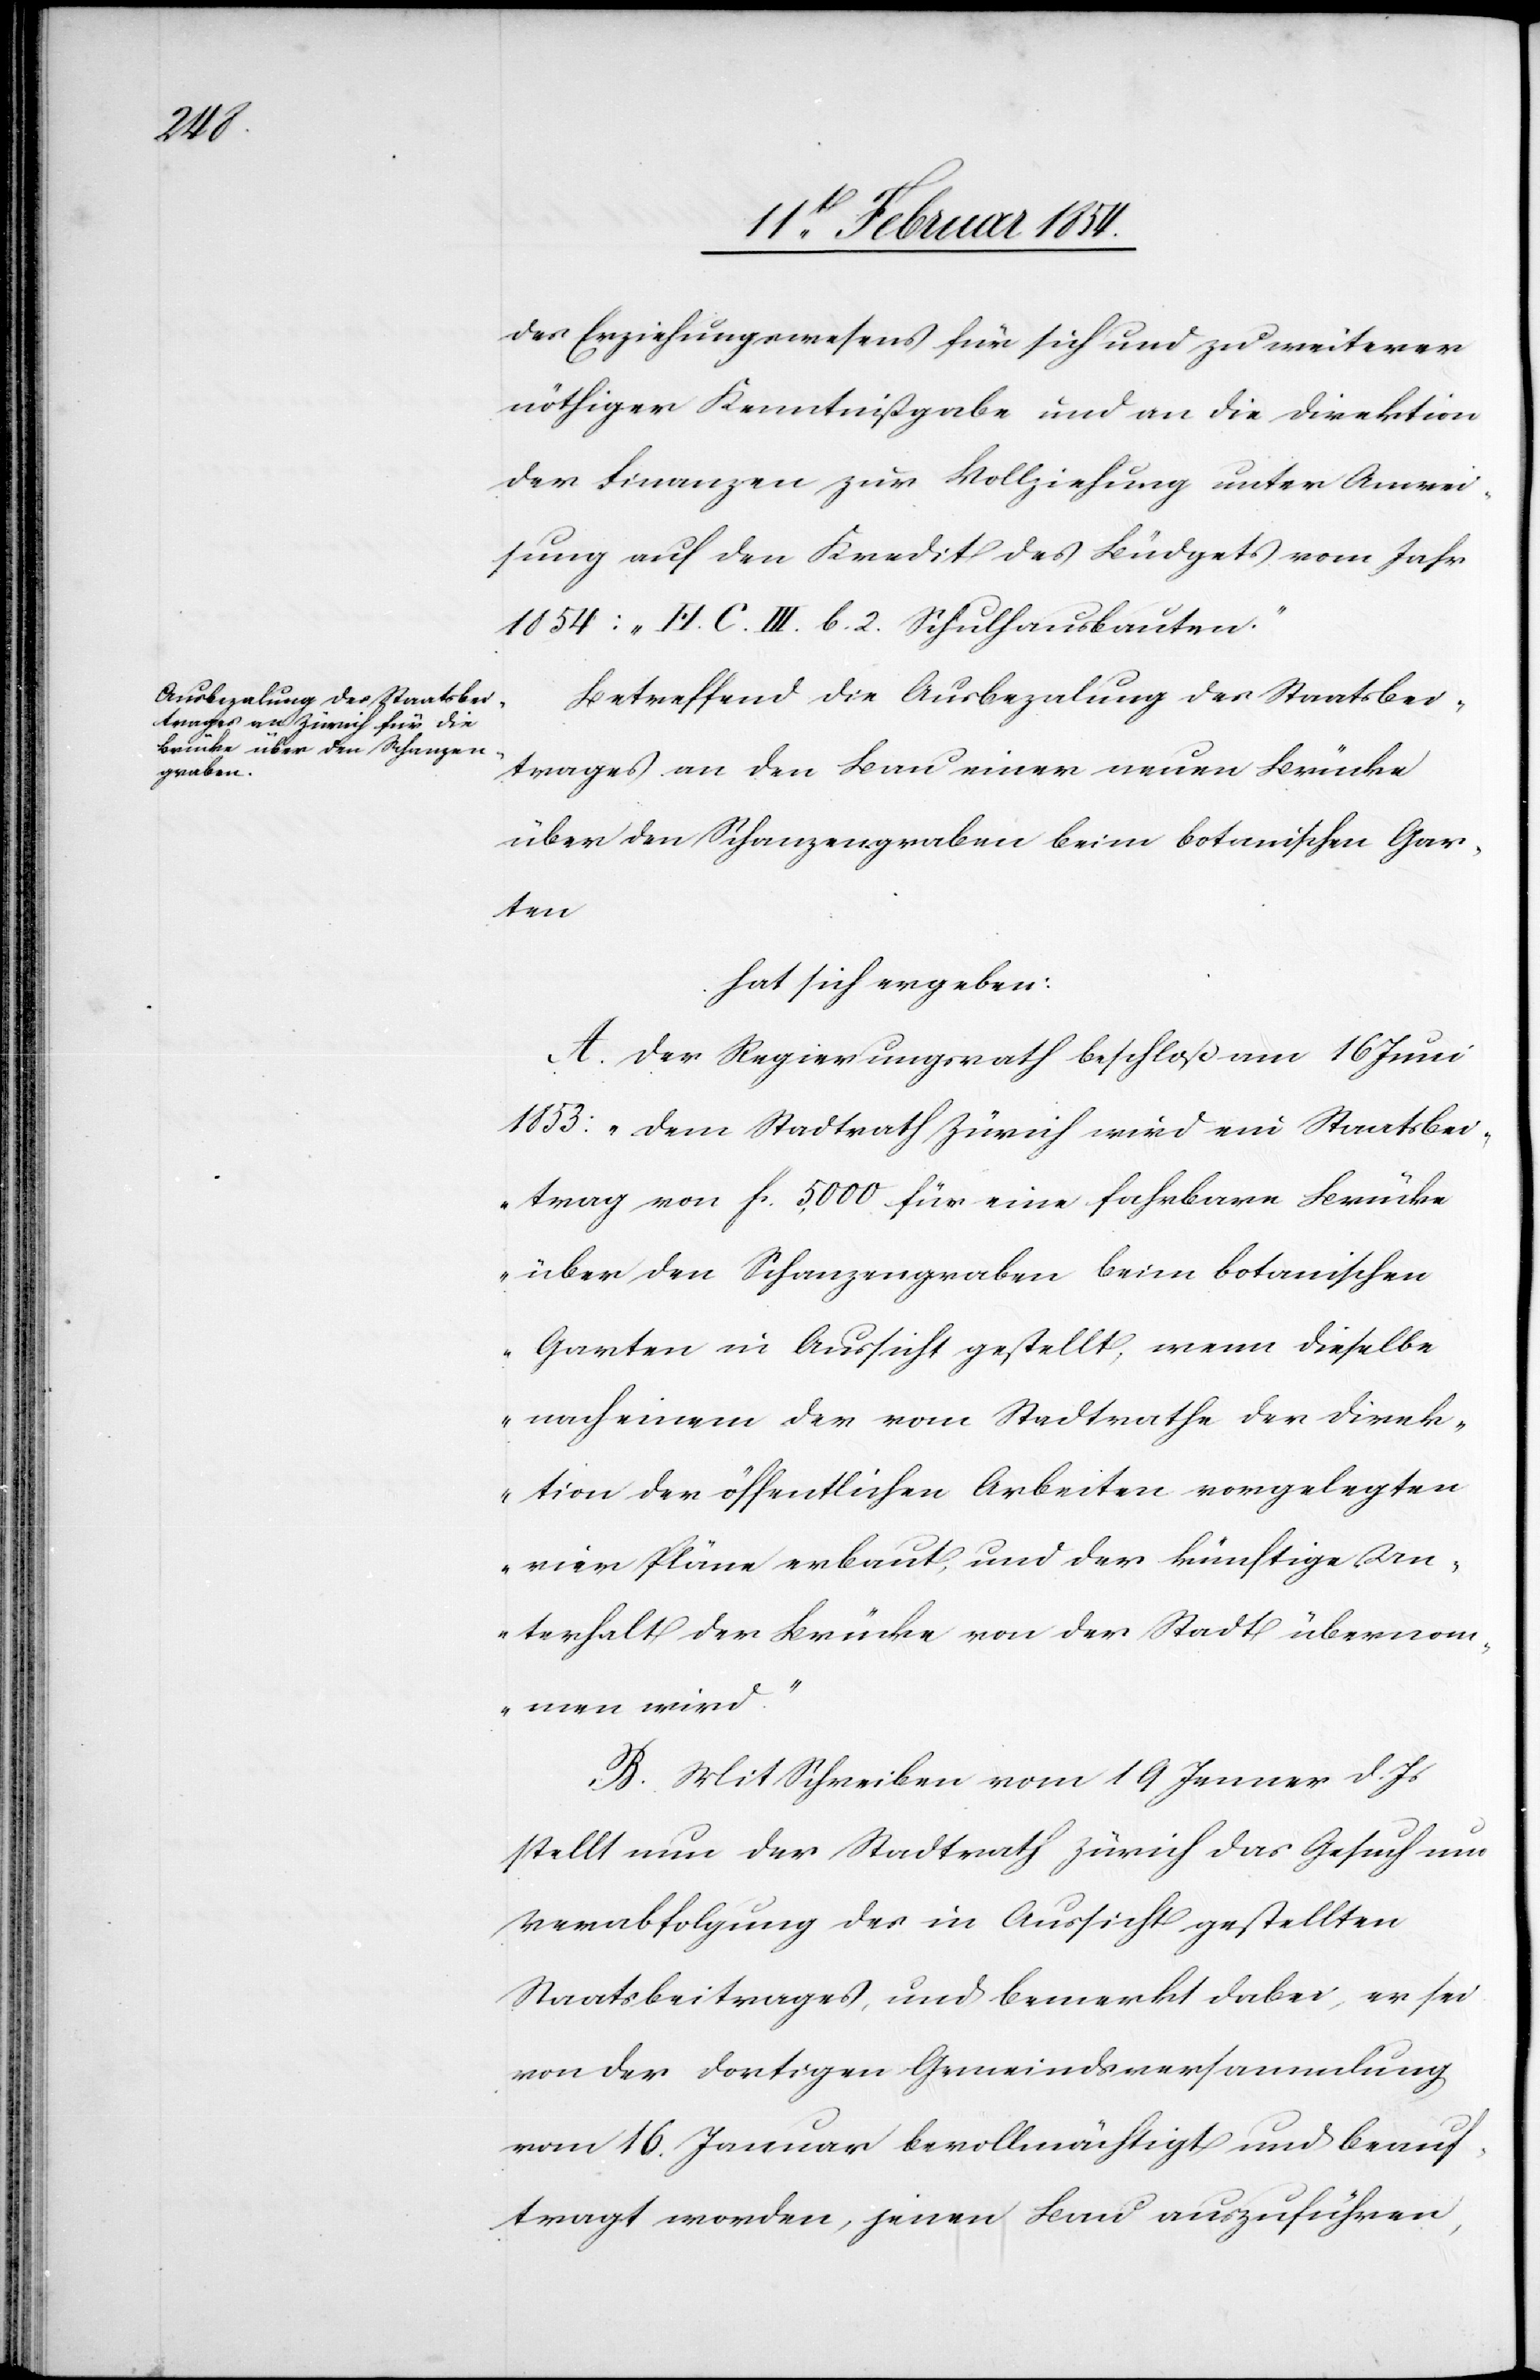
des Erziehungswesens für sich und zu weiterer
nöthiger Kenntnißgabe und an die Direktion
der Finanzen zur Vollziehung unter Auswei¬
sung auf den Kredit des Büdgets vom Jahr
1854: „H. C. III. b. 2. Schulhausbauten.“
Betreffend die Ausbezalung des Staatsbei¬
trages an den Bau einer neuen Brücke
über den Schanzengraben beim botanischen Gar¬
ten
hat sich ergeben:
A. Der Regierungsrath beschloß am 16 Juni
1853: „Dem Stadtrath Zürich wird ein Staatsbei¬
trag von Fs 5000 für eine fahrbare Brücke
über den Schanzengraben beim botanischen
Garten in Aussicht gestellt, wenn dieselbe
nach einem der vom Stadtrathe der Direk¬
tion der öffentlichen Arbeiten vorgelegten
vier Pläne erbaut, und der künftige Un¬
terhalt der Brücke von der Stadt übernom¬
men wird.“
B. Mit Schreiben vom 19 Jenner d. Js
stellt nun der Stadtrath Zürich das Gesuch um
Verabfolgung des in Aussicht gestellten
Staatsbeitrages, und bemerkt dabei, er sei
von der dortigen Gemeindsversammlung
vom 16. Januar bevollmächtigt und beauf¬
tragt worden, jenen Bau auszuführen,